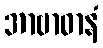
အာဗာဓာနံ